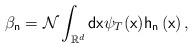
LaTeX: \begin{align*}\beta _{\mathsf{n}}=\mathcal{N}\int_{\mathbb{R}^{d}}\mathsf{dx}\psi _{T}(\mathsf{x})\mathsf{h}_{\mathsf{n}}\left( \mathsf{x}\right) ,\end{align*}